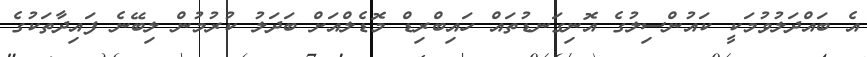
އެ ބައްދަލުވުމަކީ ކައުންސިލުގެ އޮނިގަނޑުތައް ހައިބްރިޑް މޮޑެލްއަށް ބަދަލު ކުރުމުން ލިބޭނެ ފައިދާތަކުގެ